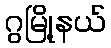
ဂွမြို့နယ်